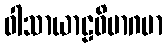
ဝါသာယာဠဝိမာဂမာ